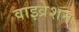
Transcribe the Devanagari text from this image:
वाइव्रेशन